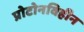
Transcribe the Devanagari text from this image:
प्रोटोनविहीन